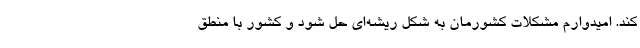
کند. امیدوارم مشکلات کشورمان به شکل ریشه‌ای حل شود و کشور با منطق